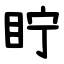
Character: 眝